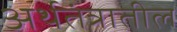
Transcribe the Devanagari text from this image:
अर्थतंत्रातील